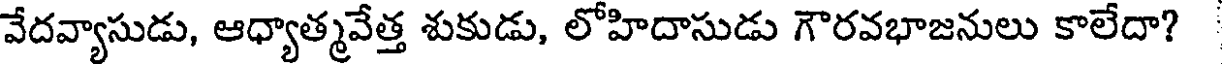
వేదవ్యాసుడు, ఆధ్యాత్మవేత్త శుకుడు, లోహిదాసుడు గౌరవభాజనులు కాలేదా?